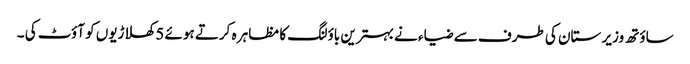
ساؤتھ وزیر ستان کی طرف سے ضیاء نے بہترین باؤلنگ کا مظاہر ہ کرتے ہوئے 5 کھلاڑیوں کو آؤٹ کی ۔